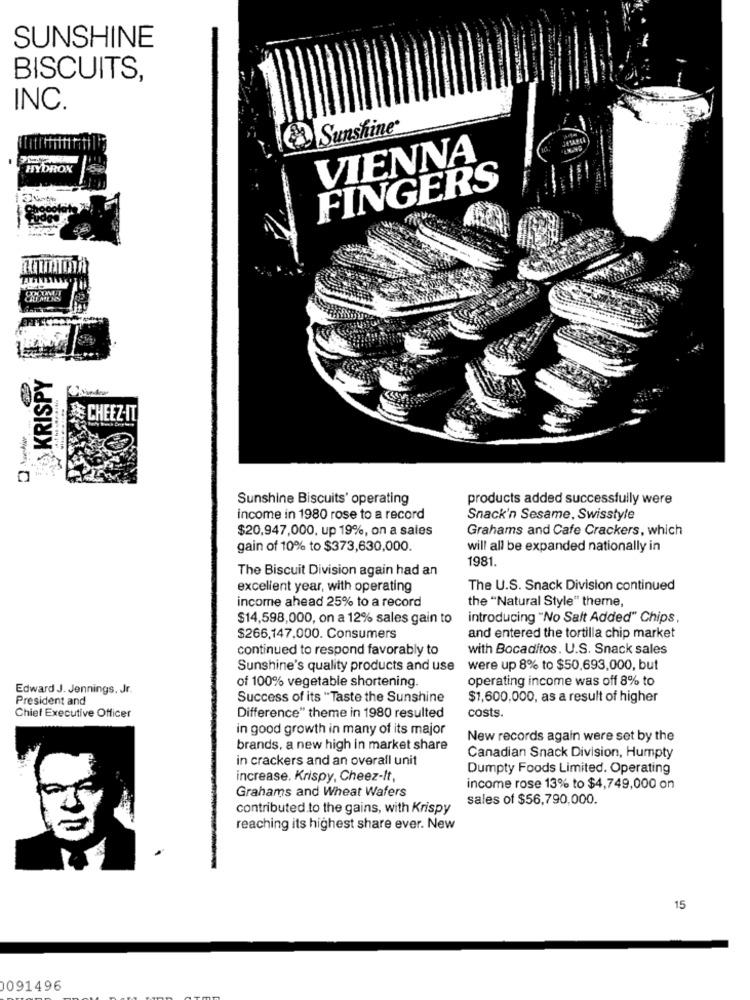
SUNSHINE
BISCUITS,
INC.
Sunshine
VIENNA
HYDROX
FINGERS
KRISPY
CHEEZ-IT
Sunshine Biscuits' operating
products added successfully were
income in 1980 rose to a record
Snack'n Sesame, Swisstyle
$20,947,000, up 19%, on a sales
Grahams and Cafe Crackers, which
gain of 10% to $373,630,000.
will all be expanded nationally in
1981.
The Biscuit Division again had an
excellent year, with operating
The U.S. Snack Division continued
income ahead 25% to a record
the "Natural Style" theme,
$14,598,000, on a 12% sales gain to
introducing "No Salt Added" Chips,
$266,147,000. Consumers
and entered the tortilla chip market
continued to respond favorably to
with Bocaditos. U.S. Snack sales
Sunshine's quality products and use
were up 8% to $50,693,000, but
operating income was off 8% to
Edward J. Jennings, Jr.
of 100% vegetable shortening.
President and
Success of its "Taste the Sunshine
$1,600,000, as a result of higher
Chief Executive Officer
Difference" theme in 1980 resulted
costs.
in good growth in many of its major
New records again were set by the
brands, a new high in market share
in crackers and an overall unit
Canadian Snack Division, Humpty
Dumpty Foods Limited. Operating
increase. Krispy, Cheez-It,
Grahams and Wheat Wafers
income rose 13% to $4,749,000 on
sales of $56,790,000.
contributed.to the gains, with Krispy
reaching its highest share ever. New
15
0091496